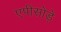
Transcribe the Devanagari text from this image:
एपीसोड़े